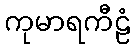
ကုမာရကီဠံ